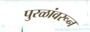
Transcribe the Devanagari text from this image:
पुरळांवरून